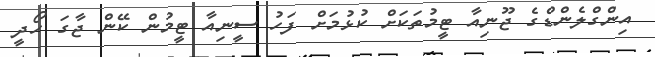
އިންގްލެންޑްގެ ޖޫނިއާ ޓީމުތަކަށް ކުޅުމަށް ފަހު ސީނިއާ ޓީމުން ކޭން ޖާގަ ހޯދީ